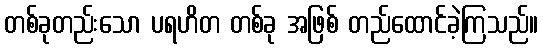
တစ်ခုတည်းသော ပရဟိတ တစ်ခု အဖြစ် တည်ထောင်ခဲ့ကြသည်။